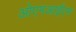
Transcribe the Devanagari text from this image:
ओएमआईएम